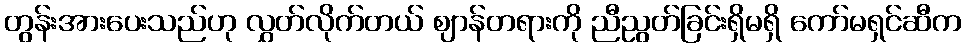
တွန်းအားပေးသည်ဟု လွှတ်လိုက်တယ် ဈာန်တရားကို ညီညွတ်ခြင်းရှိမရှိ ကော်မရှင်ဆီက